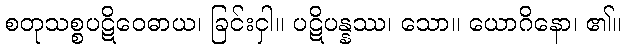
စတုသစ္စပဋိဝေဓာယ၊ ခြင်းငှါ။ ပဋိပန္နဿ၊ သော။ ယောဂိနော၊ ၏။